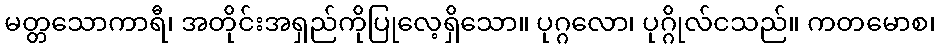
မတ္တသောကာရီ၊ အတိုင်းအရှည်ကိုပြုလေ့ရှိသော။ ပုဂ္ဂလော၊ ပုဂ္ဂိုလ်ငသည်။ ကတမောစ၊